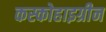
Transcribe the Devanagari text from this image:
कस्कोहाइग्रीन